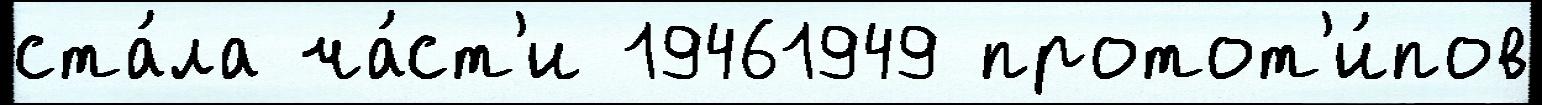
ста́ла ча́ст'и 19461949 протот'и́пов